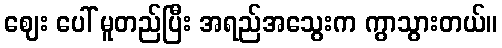
ဈေး ပေါ် မူတည်ပြီး အရည်အသွေးက ကွာသွားတယ်။